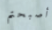
أصبحتم